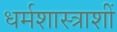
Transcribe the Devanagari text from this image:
धर्मशास्त्राशीं